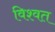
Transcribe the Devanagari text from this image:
विश्‍वत